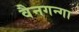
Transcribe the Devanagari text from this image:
वैनगन्गा